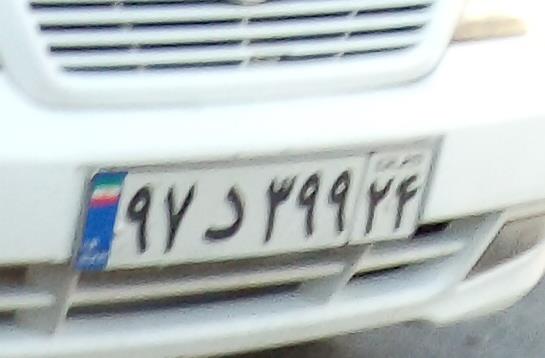
۹۷د۳۹۹۳۴